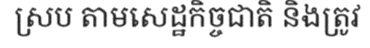
ស្រប តាមសេដ្ឋកិច្ចជាតិ និងត្រូវ